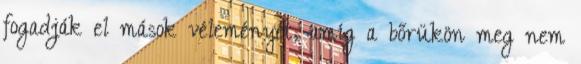
fogadják el mások véleményét, amíg a bőrükön meg nem